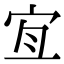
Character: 𡧧